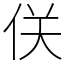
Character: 𠈪